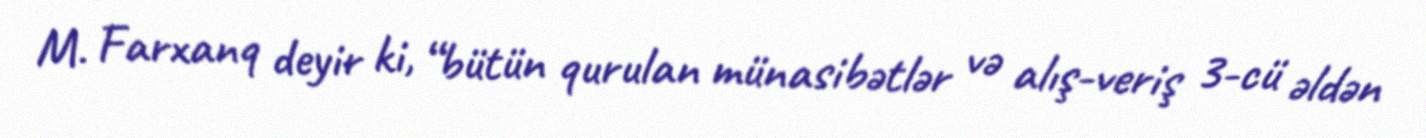
M. Farxanq deyir ki, “bütün qurulan münasibətlər və alış-veriş 3-cü əldən